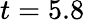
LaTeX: t=5.8